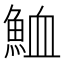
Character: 𩶫